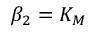
\beta _ { 2 } = K _ { M }